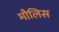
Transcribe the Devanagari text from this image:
मौलिस